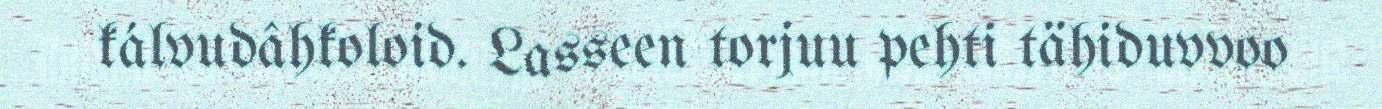
kálvudâhkoloid. Lasseen torjuu pehti tähiduvvoo